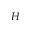
H